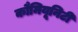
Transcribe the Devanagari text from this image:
कौमियूनिटी